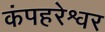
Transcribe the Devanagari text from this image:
कंपहरेश्वर